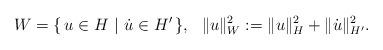
LaTeX: \begin{align*} W= \{ \, u\in H~|~\dot u \in H' \,\}, ~~\|u\|_W^2 := \|u\|_H^2 +\|\dot u\|_{H'}^2.\end{align*}